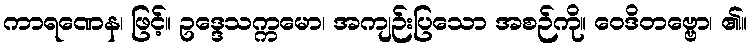
ကာရဏေန၊ ဖြင့်။ ဥဒ္ဒေသက္ကမော၊ အကျဉ်းပြသော အစဉ်ကို။ ဝေဒိတဗ္ဗော၊ ၏။